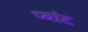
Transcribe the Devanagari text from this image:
प्वांट